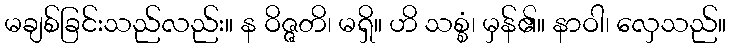
မချစ်ခြင်းသည်လည်း။ န ဝိဇ္ဇတိ၊ မရှိ။ ဟိ သစ္စံ၊ မှန်၏။ နာဝါ၊ လှေသည်။